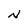
Character: N